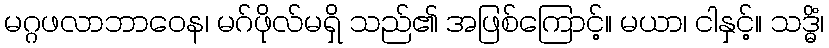
မဂ္ဂဖလာဘာဝေန၊ မဂ်ဖိုလ်မရှိ သည်၏ အဖြစ်ကြောင့်။ မယာ၊ ငါနှင့်။ သဒ္ဓိံ၊